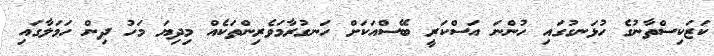
ކަޒަކިސްތާނުގެ ހުޅަނގުގައި ހުންނަ އަސްކަރީ ބޭސްއަކަށް ހަނގުރާމަވެރިންތަކެއް މިދިޔަ މަހު ދިން ހަމަލާގައި